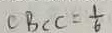
C B C C = \frac { 1 } { 6 }